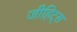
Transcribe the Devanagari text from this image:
जीहिट्स